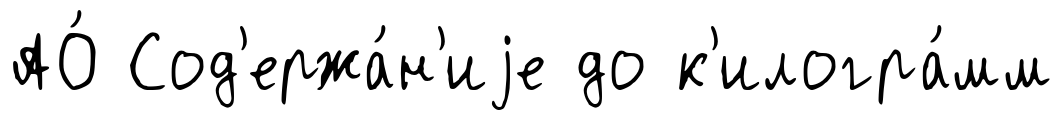
АО́ Сод'ержа́н'иjе до к'илогра́мм